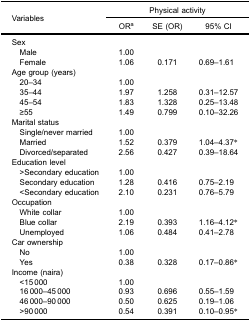
| <ROWSPAN=3> Variables | <COLSPAN=3> Physical activity |
 | ORa | SE (OR) | 95% CI |
 | --- | --- | --- | --- |
 | Sex |  |  |  |
 | Male | 1.00 |  |  |
 | Female | 1.06 | 0.171 | 0.69–1.61 |
 | Age group (years) |  |  |  |
 | 20–34 | 1.00 |  |  |
 | 35–44 | 1.97 | 1.258 | 0.31–12.57 |
 | 45–54 | 1.83 | 1.328 | 0.25–13.48 |
 | ≥55 | 1.49 | 0.799 | 0.10–32.26 |
 | Marital status |  |  |  |
 | Single/never married | 1.00 |  |  |
 | Married | 1.52 | 0.379 | 1.04–4.37* |
 | Divorced/separated | 2.56 | 0.427 | 0.39–18.64 |
 | Education level |  |  |  |
 | >Secondary education | 1.00 |  |  |
 | Secondary education | 1.28 | 0.416 | 0.75–2.19 |
 | <Secondary education | 2.10 | 0.231 | 0.76–5.79 |
 | Occupation |  |  |  |
 | White collar | 1.00 |  |  |
 | Blue collar | 2.19 | 0.393 | 1.16–4.12* |
 | Unemployed | 1.06 | 0.484 | 0.41–2.78 |
 | Car ownership |  |  |  |
 | No | 1.00 |  |  |
 | Yes | 0.38 | 0.328 | 0.17–0.86* |
 | Income (naira) |  |  |  |
 | <15 000 | 1.00 |  |  |
 | 16 000–45 000 | 0.93 | 0.696 | 0.55–1.59 |
 | 46 000–90 000 | 0.50 | 0.625 | 0.19–1.06 |
 | >90 000 | 0.54 | 0.391 | 0.10–0.95* |